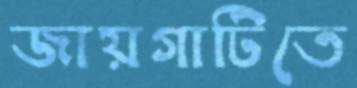
জায়গাটিতে